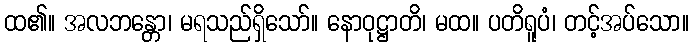
ထ၏။ အလဘန္တော၊ မရသည်ရှိသော်။ နောဝုဋ္ဌာတိ၊ မထ။ ပတိရူပံ၊ တင့်အပ်သော။